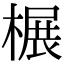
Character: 榐